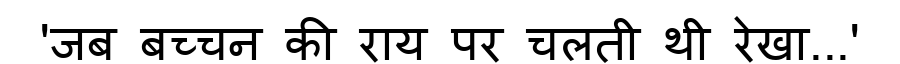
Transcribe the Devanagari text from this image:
'जब बच्चन की राय पर चलती थी रेखा...'